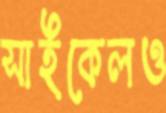
সাইকেলও